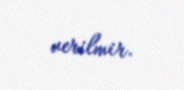
verilmir.